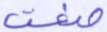
صغت